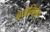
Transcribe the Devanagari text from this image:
बजनिया